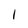
Character: I